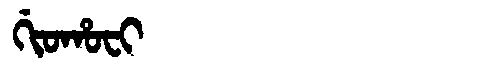
Manchu: ᡤᡳᠣᡥᠣᠸᡳ
Romanization: GIOHOFI